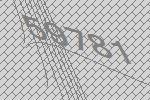
59781